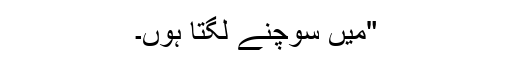
"میں سوچنے لگتا ہوں۔